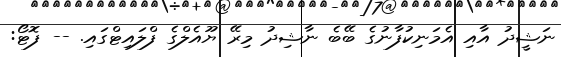
ނަޝީދު އާއި އެމަނިކުފާނުގެ ބޭބެ ނާޝިދު މިރޭ ޔޫއެލްގެ ފްލައިޓްގައި. -- ފޮޓޯ: